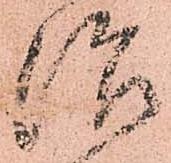
治